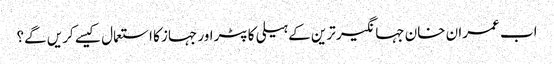
اب عمران خان جہانگیر ترین کے ہیلی کاپٹراور جہاز کا استعمال کیسے کریں گے؟